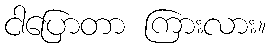
ငါပြောတာ ကြားလား။